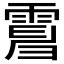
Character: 𩃿